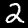
Digit: 2